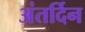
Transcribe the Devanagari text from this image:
अंतर्दिन